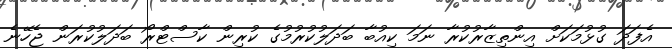
އެފަދަ ގުޅުމަކަށް އިންތިޒާރުކުރާ ނަމަ ކިއުބާ ބަދަލުކުރުމުގެ ކުރިން ކާސްޓްރޯ ބަދަލުކުރަން ޖެހޭނެ